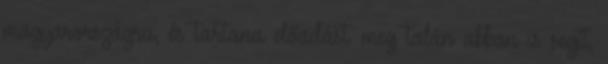
magyarországra, és tartana előadást. meg talán abban is segít,